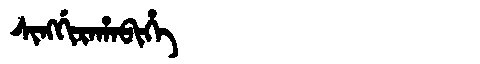
Manchu: ᠰᡳᠩᡤᡳᡵᠠᡥᠠᠪᡳᡥᡝ
Romanization: SINGGIRAHABIHE